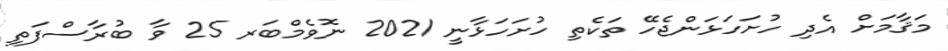
މަޤާމަށް އެދި ހުށަހަޅަންޖެހޭ ތަކެތި ހުށަހަޅާނީ 2021 ނޮވެމްބަރ 25 ވާ ބުރާސްފަތި